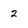
Character: 2